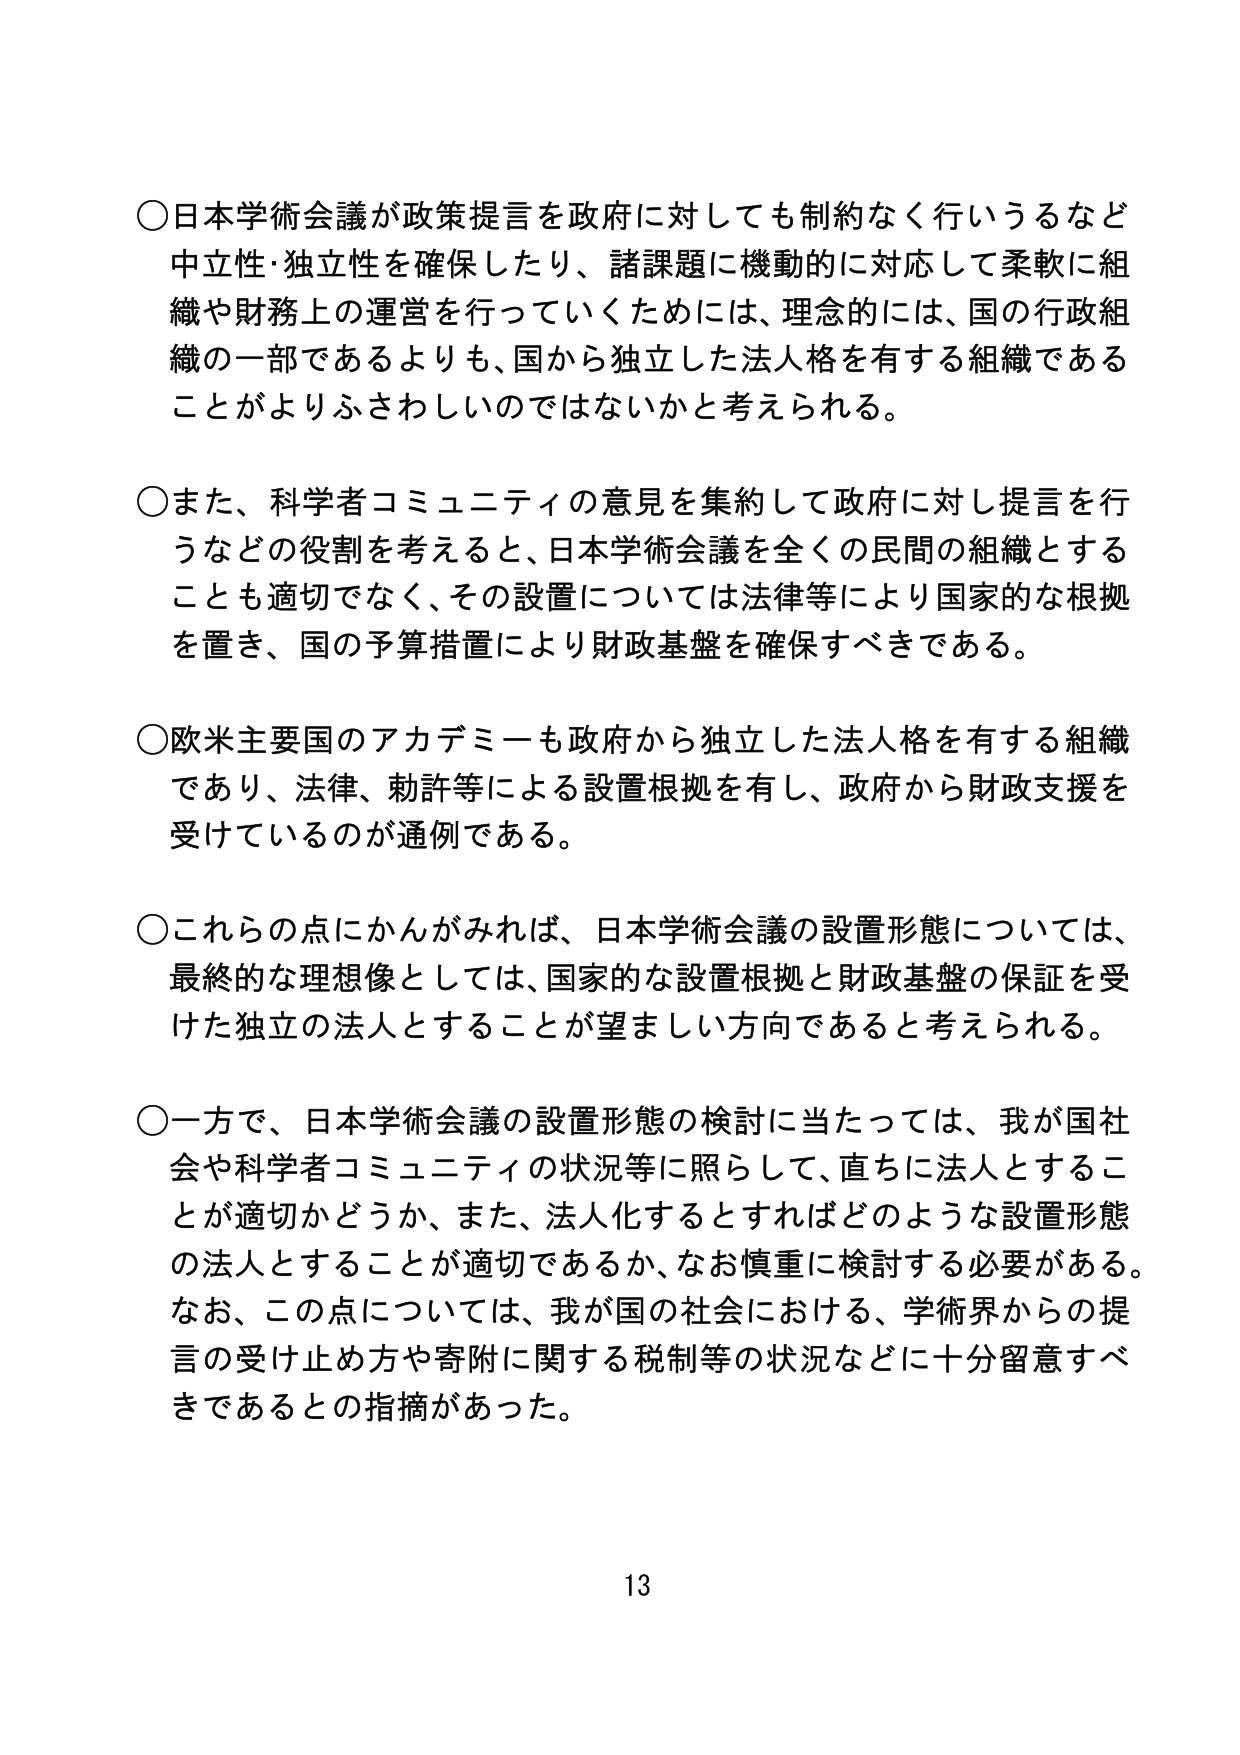
○日本学術会議が政策提言を政府に対しても制約なく行いうるなど中立性・独立性を確保したり、諸課題に機動的に対応して柔軟に組織や財務上の運営を行っていくためには、理念的には、国の行政組織の一部であるよりも、国から独立した法人格を有する組織であることがよりふさわしいのではないかと考えられる。

○また、科学者コミュニティの意見を集約して政府に対し提言を行うなどの役割を考えると、日本学術会議を全くの民間の組織とすることも適切でなく、その設置については法律等により国家的な根拠を置き、国の予算措置により財政基盤を確保すべきである。

○欧米主要国のアカデミーも政府から独立した法人格を有する組織であり、法律、勅許等による設置根拠を有し、政府から財政支援を受けているのが通例である。

○これらの点にかんがみれば、日本学術会議の設置形態については、最終的な理想像としては、国家的な設置根拠と財政基盤の保証を受けた独立の法人とすることが望ましい方向であると考えられる。

○一方で、日本学術会議の設置形態の検討に当たっては、我が国社会や科学者コミュニティの状況等に照らして、直ちに法人とすることが適切かどうか、また、法人化するとすればどのような設置形態の法人とすることが適切であるか、なお慎重に検討する必要がある。なお、この点については、我が国の社会における、学術界からの提言の受け止め方や寄附に関する税制等の状況などに十分留意すべきであるとの指摘があった。

13